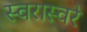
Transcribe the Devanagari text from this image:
स्वरास्वरे